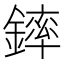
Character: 𨫏